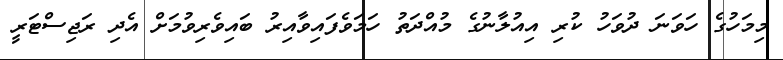
މިމަހުގެ ހަވަނަ ދުވަހު ކުރި އިއުލާނުގެ މުއްދަތު ހަމަވެފައިވާއިރު ބައިވެރިވުމަށް އެދި ރަޖިސްޓަރީ